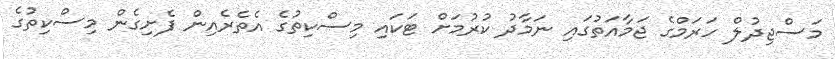
މަސްޖިދުލް ހަރަމްގެ ޖަމާއަތުގައި ނަމާދު ކުރުމަށް ޓަކައި މިސްކިތުގެ އެތެރެއިން ފެށިގެން މިސްކިތުގެ